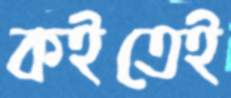
কইতেই